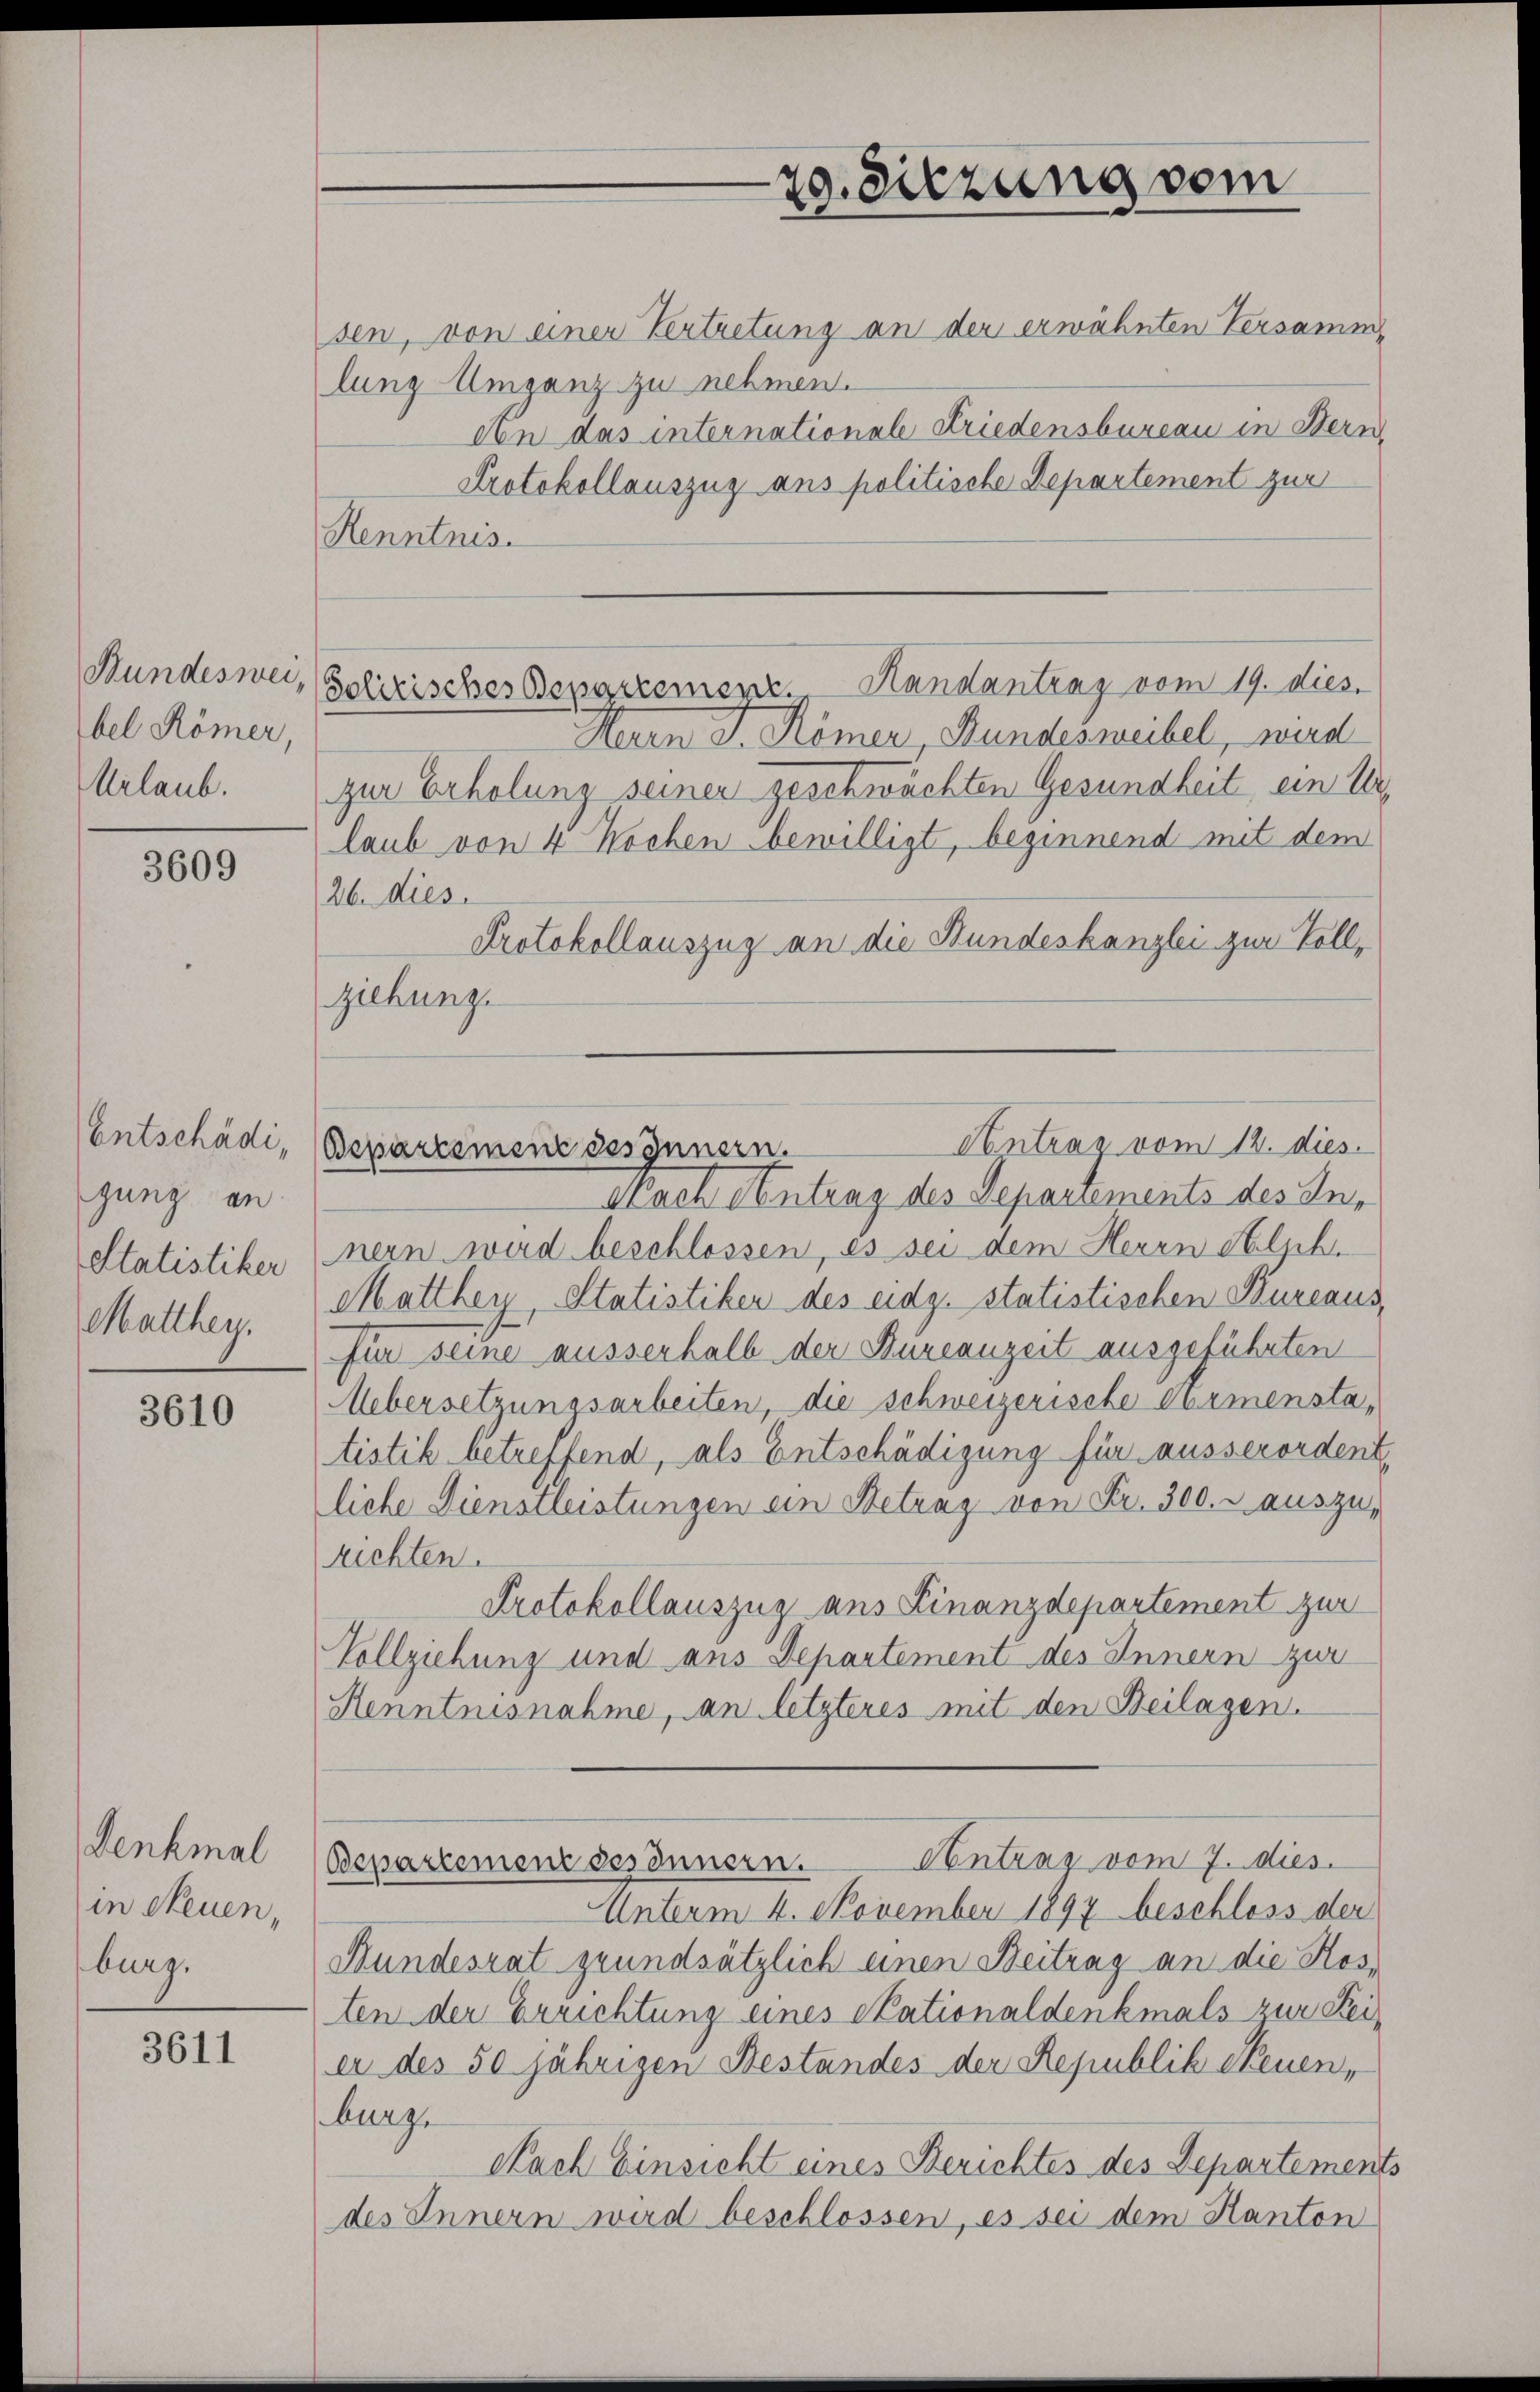
Bundesweibel Römer,
Urlaub.

3609

Entschädi,
gung an
Statistiker
Matthey,

3610

Denkmal
in Neuen,
burg.

3611

sen, von einer Vertretung an der erwähnten Versamm
lung Umganz zu nehmen.
Protokollauszug aus politische Departement zur
Kenntnis.
Herrn J. Kömer, Bundesmeibel, wird
zur Erholung seiner geschwächten Gesundheit ein Urlaub von 4 Wochen bewilligt, beginnend mit dem
26. dies
Protokollauszug an die Bundeskanzlei zur Vollziehung.
Nach Antrag des Depariements des Innern wird beschlossen, es sei dem Herrn Stilphe
Matthey, Statistiker des eidg. statistischen Bureaus,
für seine ausserhalb der Bureauzeit ausgeführten
Uebersetzungsarbeiten, die schweizerische Vormenstatistik betreffend, als Entschädigung für ausserordent
liche Dienstleistungen ein Betrag von Fr. 300. r auszurichten.
Protokollauszug aus Finanzdepartement zur
Vollziehung und aus Departement des Innern zur
Kenntnisnahme, an letzteres mit den Beilagen.
Bepartement des Innern. Contrag vom 7. dies
Unterm 4. November 1897 beschloss der
Bundesrat grundsätzlich einen Beitrag an die Kosten der Errichtung eines Stationaldenkmals zur Seier des 50 jährigen Bestandes der Republik Neuen,
burg.
Nach Einsicht eines Berichtes des Departements
des Innern wird beschlossen, es sei dem Kanton

29. Sitzung vom

Schirisches Departement. Handantrag vom 19. dies

Von das internationale Friedensbureau in Stern

Antrag vom 12. dies
Bepartement des Innern.